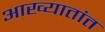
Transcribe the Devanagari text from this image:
आख्यातांत